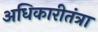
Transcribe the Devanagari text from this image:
अधिकारीतंत्रा